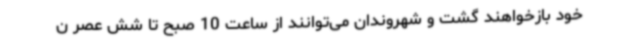
خود بازخواهند گشت و شهروندان می‌توانند از ساعت 10 صبح تا شش عصر ن